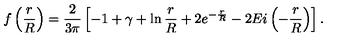
f \left( \frac { r } { R } \right) = \frac { 2 } { 3 \pi } \left[ - 1 + \gamma + \ln \frac { r } { R } + 2 e ^ { - \frac { r } { R } } - 2 E i \left( - \frac { r } { R } \right) \right] .